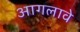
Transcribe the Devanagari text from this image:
आगलावे